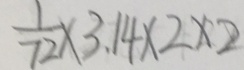
\frac { 1 } { 7 2 } \times 3 . 1 4 \times 2 \times 2